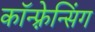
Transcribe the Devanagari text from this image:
कॉन्फ़्रेन्सिंग